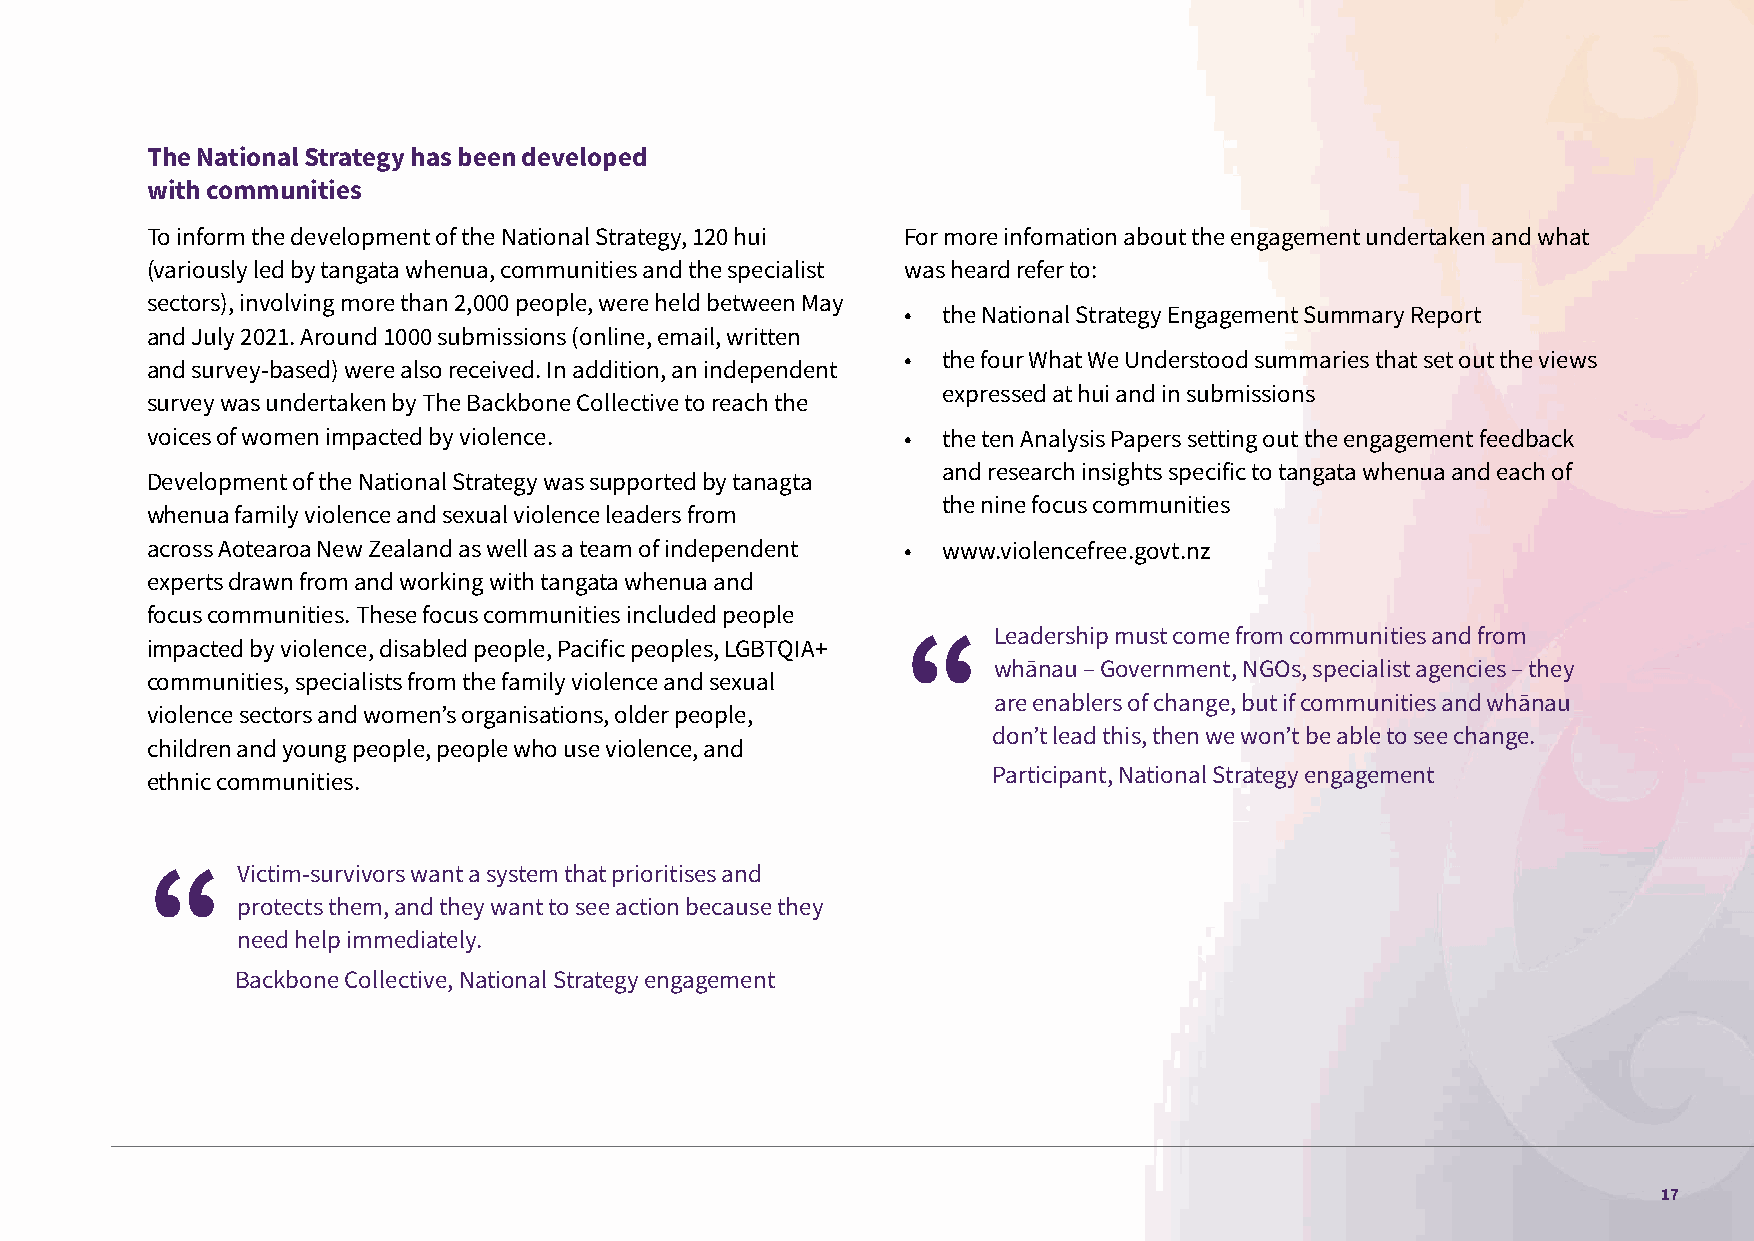
The National Strategy has been developed
 with communities
 To inform the development of the National Strategy, 120 hui For more infomation about the engagement undertaken and what
 (variously led by tangata whenua, communities and the specialist was heard refer to:
 sectors), involving more than 2,000 people, were held between May
 • the National Strategy Engagement Summary Report
 and July 2021. Around 1000 submissions (online, email, written
 • the four What We Understood summaries that set out the views
 and survey-based) were also received. In addition, an independent
 expressed at hui and in submissions
 survey was undertaken by The Backbone Collective to reach the
 voices of women impacted by violence.             • the ten Analysis Papers setting out the engagement feedback
 and research insights specific to tangata whenua and each of
 Development of the National Strategy was supported by tanagta
 the nine focus communities
 whenua family violence and sexual violence leaders from
 across Aotearoa New Zealand as well as a team of independent • www.violencefree.govt.nz
 experts drawn from and working with tangata whenua and
 focus communities. These focus communities included people
 Leadership must come from communities and from
 impacted by violence, disabled people, Pacific peoples, LGBTQIA+
 whānau – Government, NGOs, specialist agencies – they
 communities, specialists from the family violence and sexual
 are enablers of change, but if communities and whānau
 violence sectors and women’s organisations, older people,
 don’t lead this, then we won’t be able to see change.
 children and young people, people who use violence, and
 Participant, National Strategy engagement
 ethnic communities.
 Victim-survivors want a system that prioritises and
 protects them, and they want to see action because they
 need help immediately.
 Backbone Collective, National Strategy engagement
 17